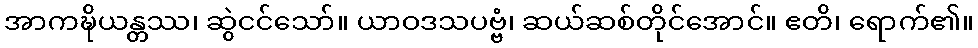
အာကဍ္ဎိယန္တဿ၊ ဆွဲငင်သော်။ ယာဝဒသပဗ္ဗံ၊ ဆယ်ဆစ်တိုင်အောင်။ ဧတိ၊ ရောက်၏။